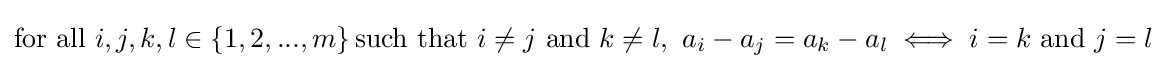
{\text{for all }}i,j,k,l\in \left\{1,2,...,m\right\}{\text{such that }}i\neq j{\text{ and }}k\neq l,\ a_{i}-a_{j}=a_{k}-a_{l}\iff i=k{\text{ and }}j=l